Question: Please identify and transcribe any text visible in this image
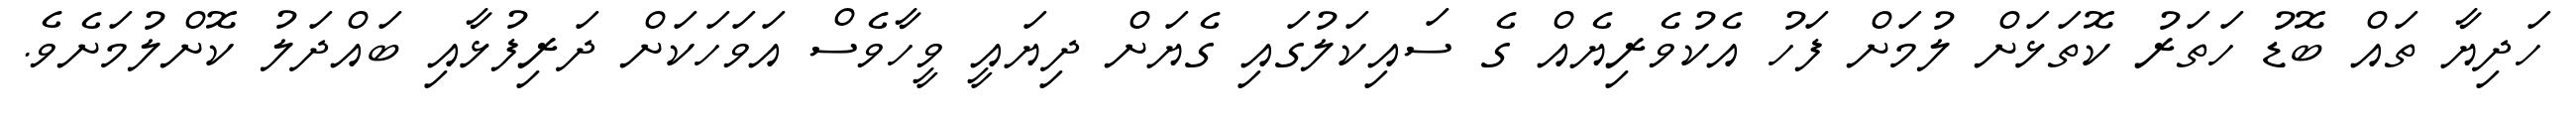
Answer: ހަދިޔާ ތައް ބޮޑު ހަތަރު ކޮތަޅަށް ލުމަށް ފަހު އެކުވެރިޔެއް ގެ ސައިކަލުގައި ގެޔަށް ދިޔައީ ވީހާވެސް އަވަހަކަށް ދަރިފުޅާއި ބައްދަލު ކޮށްލުމަށެވެ.